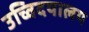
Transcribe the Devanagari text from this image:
उच्विदयालय